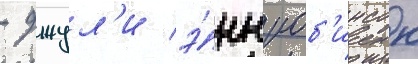
- джул'и э́нн роб'инсон